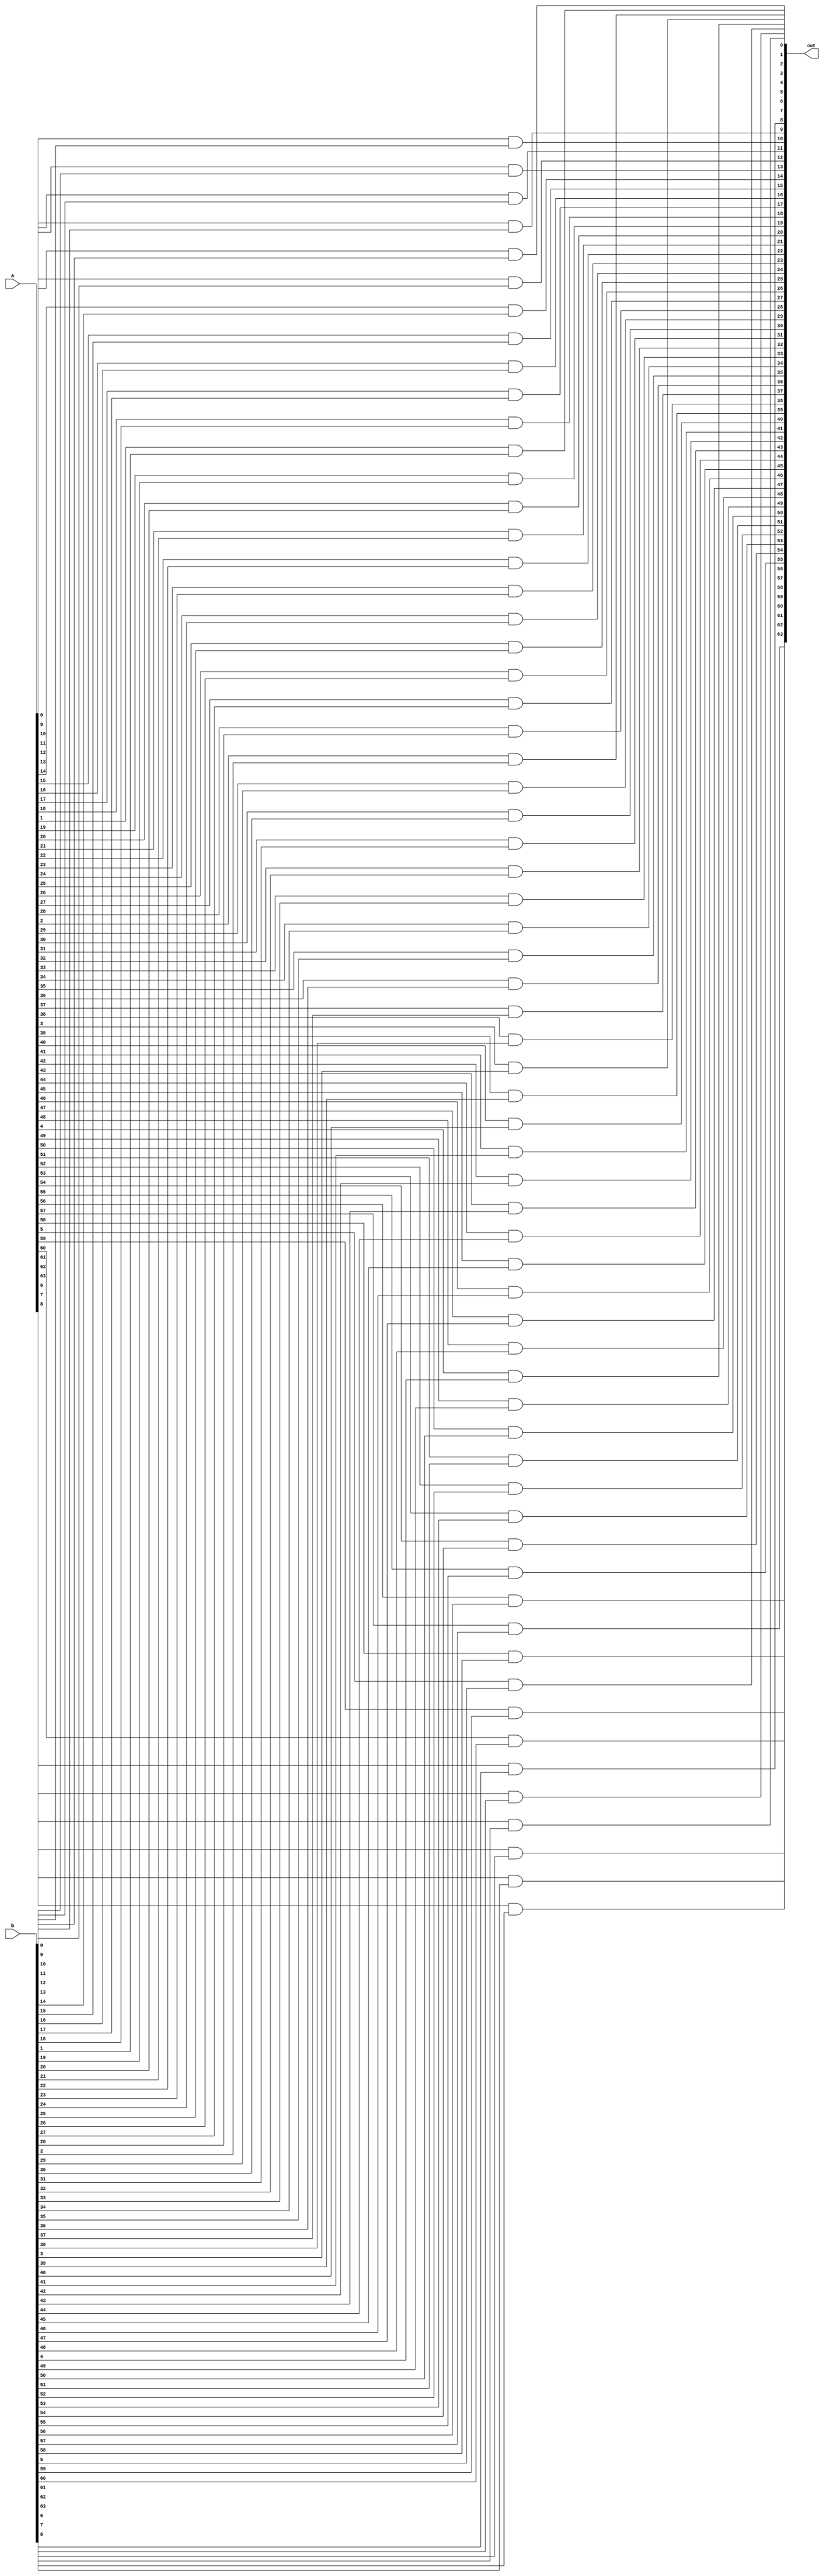
module and_64b(
  input signed [63:0]a,
  input signed [63:0]b,
  output signed [63:0]out
);

genvar i;
generate
    for(i=0;i<64;i=i+1)begin
    and g1 (out[i],a[i],b[i]);
    end
endgenerate

endmodule